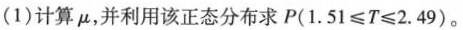
(1)计算μ，并利用该正态分布求P( $$1 . 5 1 ≤ T ≤ 2 . 4 9 $$ )。